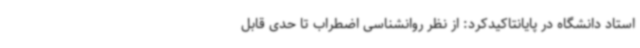
استاد دانشگاه در پایانتاکیدکرد: از نظر روانشناسی اضطراب تا حدی قابل